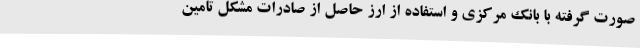
صورت گرفته با بانک مرکزی و استفاده از ارز حاصل از صادرات مشکل تامین